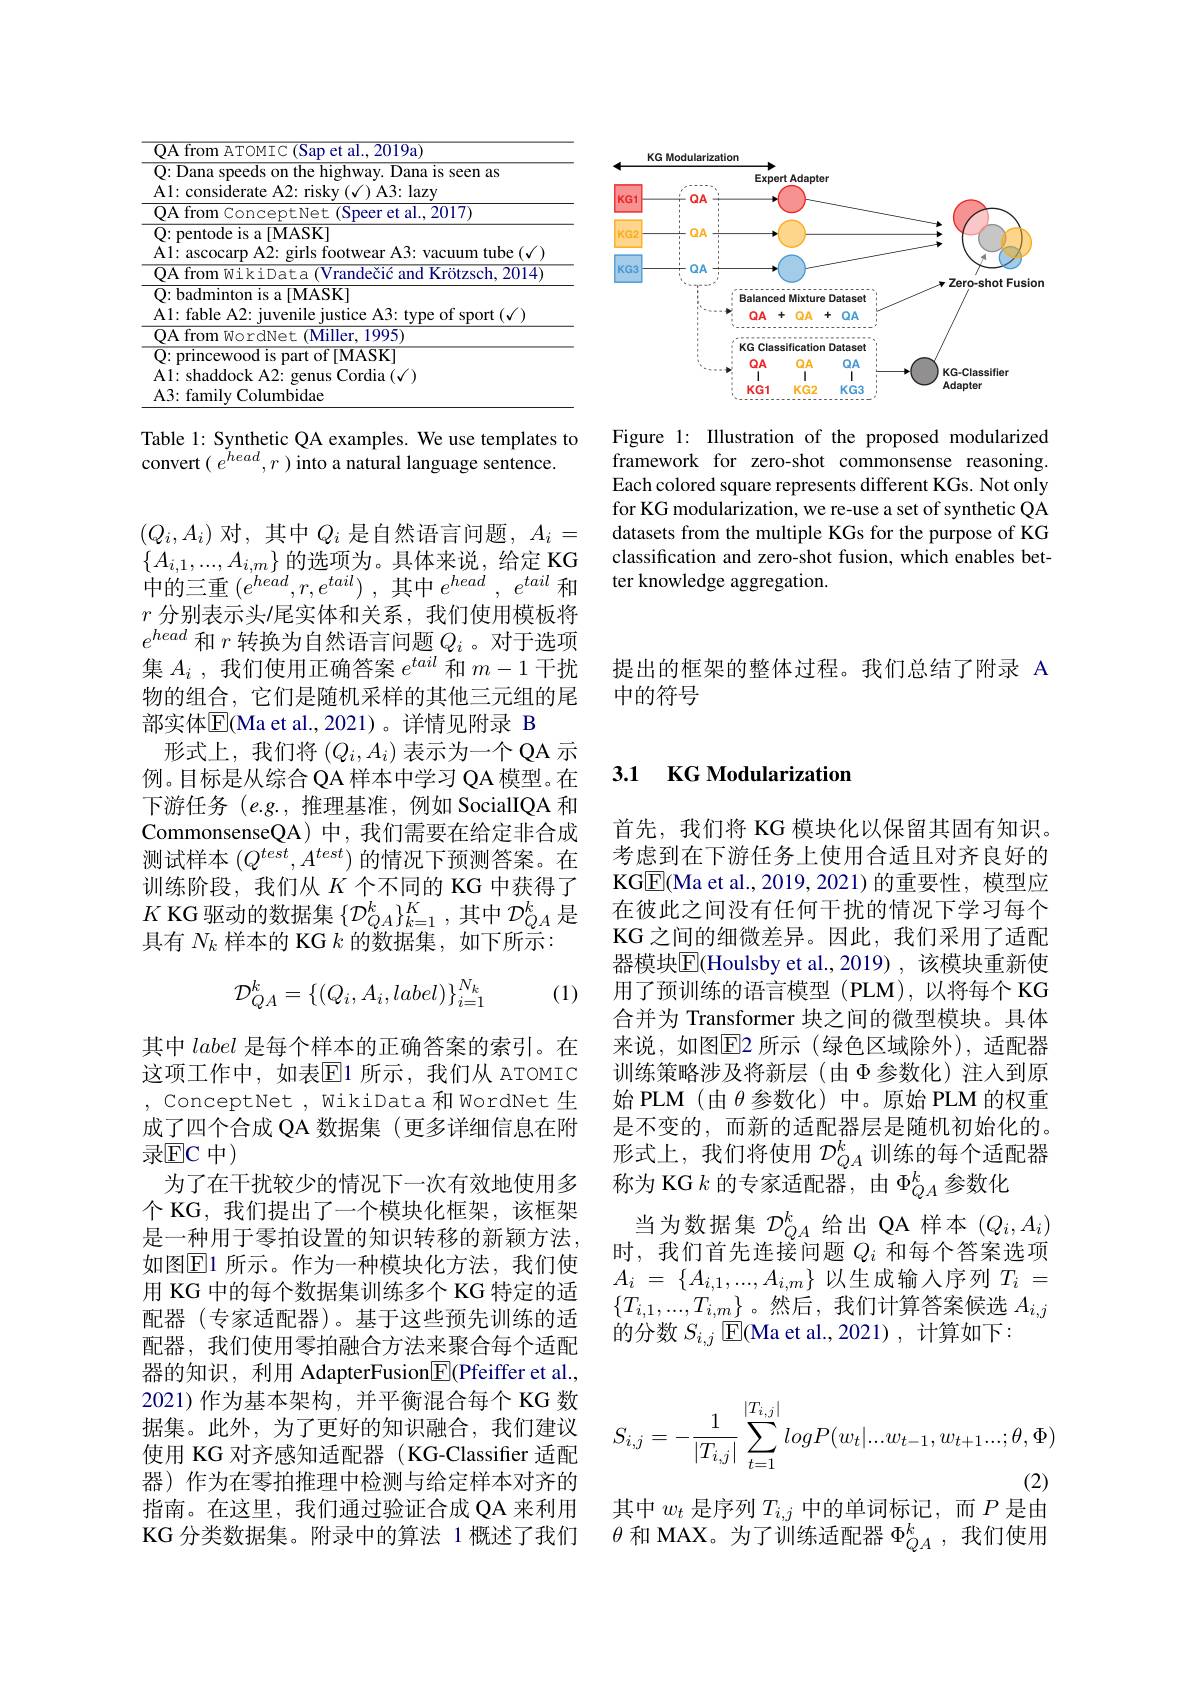
<FigureHere>

Figure 1: Illustration of the proposed modularized framework for zero-shot commonsense reasoning. Each colored square represents different KGs. Not only for KG modularization, we re-use a set of synthetic QA datasets from the multiple KGs for the purpose of KG classification and zero-shot fusion, which enables better knowledge aggregation.

提出的框架的整体过程。我们总结了附录 A
中的符号

<table>
	<tbody>
		<tr>
			<td> </td>
			<td>Q: pentode is a [ MASK] Al: ascocarp A2: girls footwear A3: vacuum tube</td>
			<td>${\mathrm{ntode~is~a~[MASK]}}$ scocarp A2: girls footwear A3: vacuum tube $(\sqrt{1})$</td>
		</tr>
		<tr>
			<td> </td>
			<td>QA from WordNet (Miller, 1995)</td>
			<td>om WordNet (Miller, 1995)</td>
		</tr>
	</tbody>
</table>

Table 1: Synthetic QA examples. We use templates to
convert $(e^{head},r)$ into a natural language sentence.

$(Q_{i},A_{i})$ 对，其中$Q_i$ 是自然语言问题$,A_i=$ $\{A_{i,1},...,A_{i,m}\}$的选项为。具体来说，给定 KG 中的三重$( e^head, r, e^{tail})$ ,其中$e^head$ , $e^{tail}$和$r$ 分别表示头/尾实体和关系，我们使用模板将$e^{head}$和$r$转换为自然语言问题$Q_i$。对于选项集$A_i$ ,我们使用正确答案$e^tail$和$m-1$干扰物的组合，它们是随机采样的其他三元组的尾部实体$\mathbb{E}($Ma et al.,2021)。详情见附录 B
形式上，我们将$(Q_i,A_i)$表示为一个 QA 示例。目标是从综合 QA 样本中学习 QA 模型。在下游任务$(e.g.$,推理基准，例如 SocialIQA 和CommonsenseQA)中，我们需要在给定非合成测试样本$(Q^{test},A^{test})$的情况下预测答案。在训练阶段，我们从$K$个不同的 KG 中获得了$K$ KG 驱动的数据集$\{\mathcal{D}_QA^k\}_{k=1}^K$,其中$\mathcal{D}_QA^k$是具有$N_k$样本的 KG $k$的数据集，如下所示：
$$\mathcal{D}_{QA}^k=\{(Q_i,A_i,label)\}_{i=1}^{N_k}$$
(1)

其中label是每个样本的正确答案的索引。在这项工作中，如表$\overline{\mathrm{E}}$1 所示，我们从 ATOMIC , ConceptNet , WikiData 和 WordNet 生成了四个合成 QA 数据集 (更多详细信息在附录$\mathbb{E}$C 中)
为了在干扰较少的情况下一次有效地使用多个 KG, 我们提出了一个模块化框架，该框架是一种用于零拍设置的知识转移的新颖方法， 如图$\boxed{\mathrm{E}}1$ 所示。作为一种模块化方法，我们使用 KG 中的每个数据集训练多个 KG 特定的适配器(专家适配器)。基于这些预先训练的适配器，我们使用零拍融合方法来聚合每个适配器的知识，利用 AdapterFusion$\boxed{\mathbb{F}}($Pfeiffer et al., 2021)作为基本架构，并平衡混合每个 KG 数据集。此外，为了更好的知识融合，我们建议使用 KG 对齐感知适配器 (KG-Classifier 适配器) 作为在零拍推理中检测与给定样本对齐的指南。在这里，我们通过验证合成 QA 来利用KG 分类数据集。附录中的算法 1 概述了我们

## 3.1 KG Modularization

首先，我们将 KG 模块化以保留其固有知识。考虑到在下游任务上使用合适且对齐良好的KGE(Ma et al., 2019, 2021) 的重要性，模型应在彼此之间没有任何干扰的情况下学习每个KG 之间的细微差异。因此，我们采用了适配器模块$\overline{\mathrm{E}}$(Houlsby et al.,2019),该模块重新使用了预训练的语言模型(PLM),以将每个KG 合并为 Transformer 块之间的微型模块。具体来说，如图$\overline{\mathrm{E}}$2 所示(绿色区域除外),适配器训练策略涉及将新层(由$\Phi$参数化)注入到原始 PLM(由$\theta$ 参数化)中。原始 PLM 的权重是不变的，而新的适配器层是随机初始化的。形式上，我们将使用$\mathcal{D}_{QA}^k$训练的每个适配器称为 KG $k$的专家适配器，由$\Phi_QA^{k}$参数化
当为数据集$\mathcal{D}_QA^k$给出 QA 样本$(Q_i,A_i)$ 时，我们首先连接问题$Q_i$和每个答案选项$A_i$ = $\{ A_{i, 1}, . . . , A_{i, m}\}$ 以生成输入序列$T_i$ = $\{T_{i,1},...,T_{i,m}\}$。然后，我们计算答案候选$A_i,j$ 的分数$S_{i,j}$ E(Ma et al., 2021), 计算如下：
$$S_{i,j}=-\frac{1}{|T_{i,j}|}\sum_{t=1}^{|T_{i,j}|}logP(w_{t}|...w_{t-1},w_{t+1}...;\theta,\Phi)$$
其中$w_t$是序列$T_i,j$中的单词标记，而$P$是由

$\theta$和 MAX。为了训练适配器$\Phi_QA^k$,我们使用